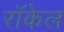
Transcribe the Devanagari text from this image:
राॅकेल